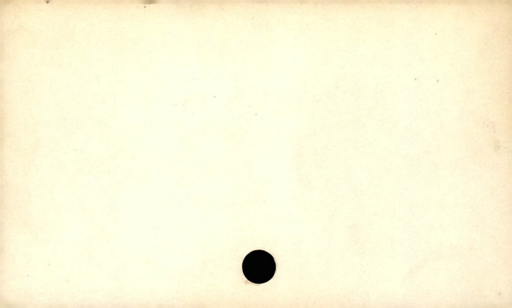
Label: blank